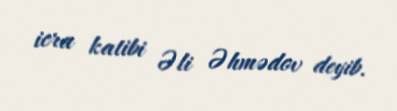
icra katibi Əli Əhmədov deyib.